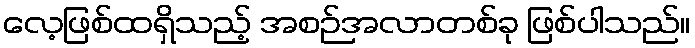
လေ့ဖြစ်ထရှိသည့် အစဉ်အလာတစ်ခု ဖြစ်ပါသည်။